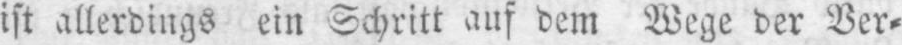
ist allerdings ein Schritt auf dem Wege der Ver⸗